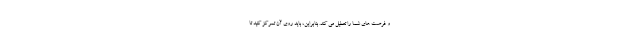
و فرصت های شما را تعطیل می کند. بنابراین، باید روی آن تمرکز کنید تا